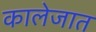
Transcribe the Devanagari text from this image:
कालेजात